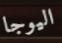
اليوجا